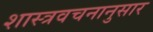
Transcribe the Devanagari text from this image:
शास्त्रवचनानुसार